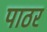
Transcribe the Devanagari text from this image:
पाठर